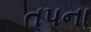
તપના